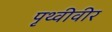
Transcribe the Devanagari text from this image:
पृथ्वीवीर